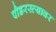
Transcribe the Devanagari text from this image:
पौडरस्त्यावर